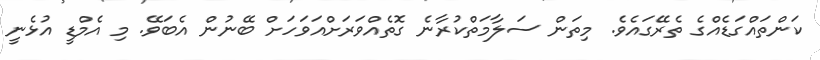
ކަންތައްގަޑެއްގެ ތެރޭގައެވެ. މިތަން ސަލާމަތްކުރާނެ ގޮތެއްވަރަށްއަވަހަށް ބޭނުން އެބަވޭ. މި އެމްޑީ އުޅެނީ